画像に写った文字を読んでください
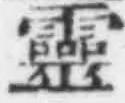
「靈」と書いてあります